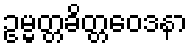
ဥမ္မတ္တခိတ္တဝေဒနာ